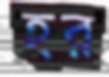
হর